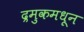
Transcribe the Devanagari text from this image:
द्रमुकमधून